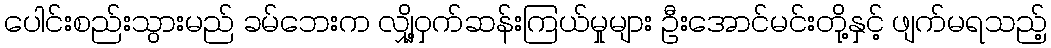
ပေါင်းစည်းသွားမည် ခမ်ဘေးက လျှို့ဝှက်ဆန်းကြယ်မှုများ ဦးအောင်မင်းတို့နှင့် ဖျက်မရသည့်